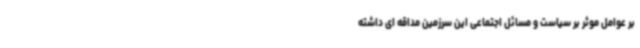
بر عوامل موثر بر سیاست و مسائل اجتماعی این سرزمین مداقه ای داشته